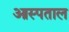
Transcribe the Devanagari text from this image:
आस्पताल